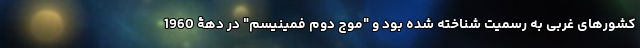
کشورهای غربی به رسمیت شناخته شده بود و "موج دوم فمینیسم" در دهۀ 1960